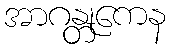
အာဂန္တုကေန